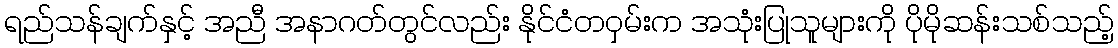
ရည်သန်ချက်နှင့် အညီ အနာဂတ်တွင်လည်း နိုင်ငံတဝှမ်းက အသုံးပြုသူများကို ပိုမိုဆန်းသစ်သည့်